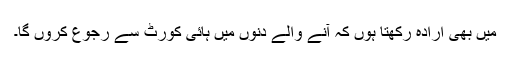
میں بھی ارادہ رکھتا ہوں کہ آنے والے دنوں میں ہائی کورٹ سے رجوع کروں گا۔